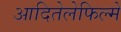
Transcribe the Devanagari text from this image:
आदितेलेफिल्में